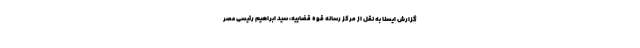
گزارش ایسنا به نقل از مرکز رسانه قوه قضاییه، سید ابراهیم رئیسی عصر